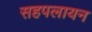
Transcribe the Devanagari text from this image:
सहपलायन